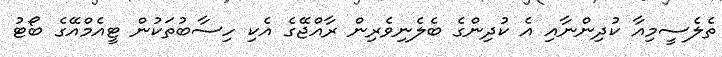
ތެލެސީމިއާ ކުދިންނާއި އެ ކުދިންގެ ބެލެނިވެރިން ރާއްޖޭގެ އެކި ހިސާބުތަކުން ޓީއެމްއޭގެ ބޯޓު